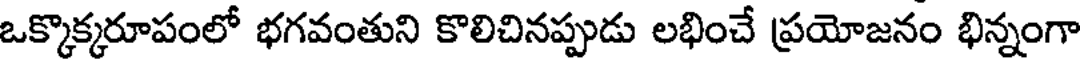
ఒక్కొక్కరూపంలో భగవంతుని కొలిచినప్పుడు లభించే ప్రయోజనం భిన్నంగా